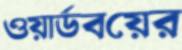
ওয়ার্ডবয়ের